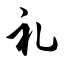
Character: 礼